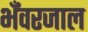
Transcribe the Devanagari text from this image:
भँवरजाल